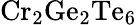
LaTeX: \mathrm{Cr_{2}Ge_{2}Te_{6}}